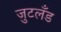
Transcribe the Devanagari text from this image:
जुटलँड